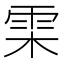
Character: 雬